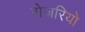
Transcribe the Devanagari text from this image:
रोजरियो